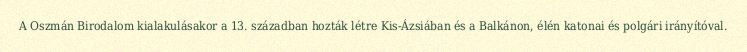
A Oszmán Birodalom kialakulásakor a 13. században hozták létre Kis-Ázsiában és a Balkánon, élén katonai és polgári irányítóval.